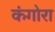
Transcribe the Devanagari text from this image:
कंगोरा